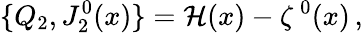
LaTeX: \{ Q_{2},J_{2}^{0}(x)\} ={\cal H}(x)-\zeta^{\, 0}(x)\, ,